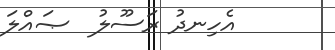
އެހިނދު ރަސޫލު  ޞައްލަ